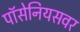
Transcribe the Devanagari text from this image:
पॉसेनियसवर